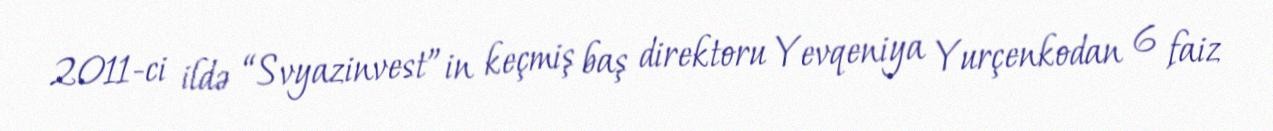
2011-ci ildə “Svyazinvest”in keçmiş baş direktoru Yevqeniya Yurçenkodan 6 faiz